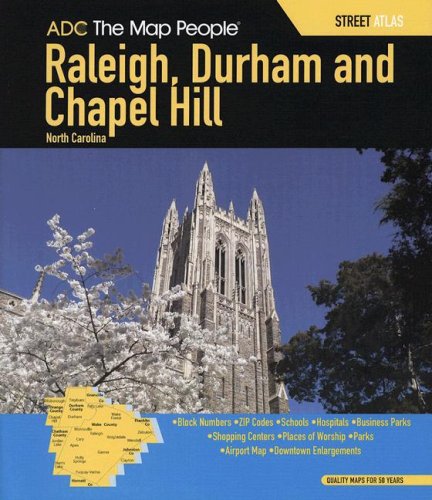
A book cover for ADC The Map People Raleigh, Durham and Chapel Hill North Carolina Street Atlas (Raleigh, Durham & Chapel Hill North Carolina Map); Not Available (Na) ADC the Map People; Travel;